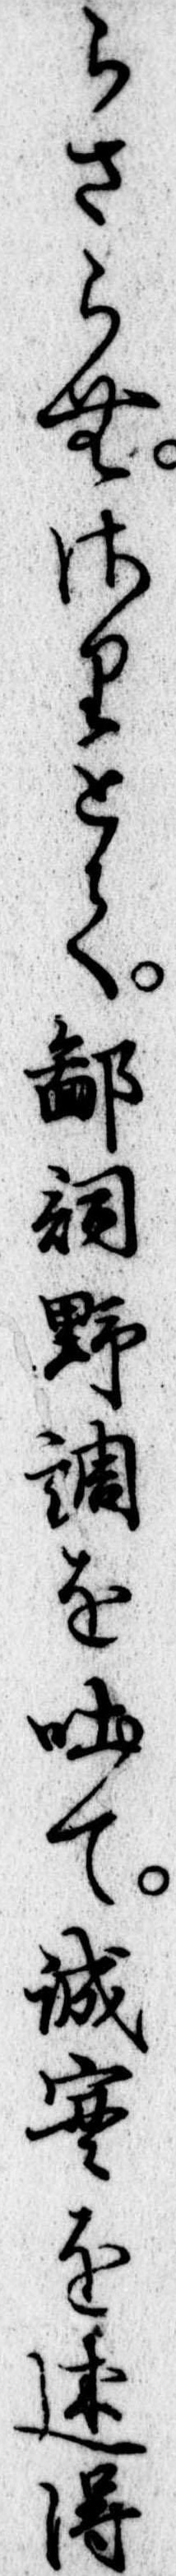
らさらむさりとて鄙詞野調を吐て誠実を述得